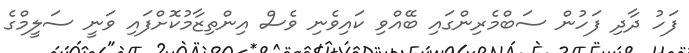
ފަހު ދާދި ފަހުން ސަބްމެރިންގައި ބޭއްވި ކައިވެނި ވެސް އިންތިޒާމުކޮށްފައި ވަނީ ސަލީމްގެ